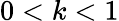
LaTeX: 0<k<1